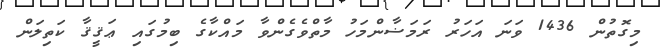
މިގޮތުން 1436 ވަނަ އަހަރު ރަމަޟާންމަހު މާތްވެގެންވާ މައްކާގެ ބިމުގައި ޢަޤީޤާ ކަތިލަން